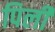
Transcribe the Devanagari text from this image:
पिलीं